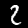
Digit: 2